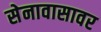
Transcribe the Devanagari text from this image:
सेनावासावर